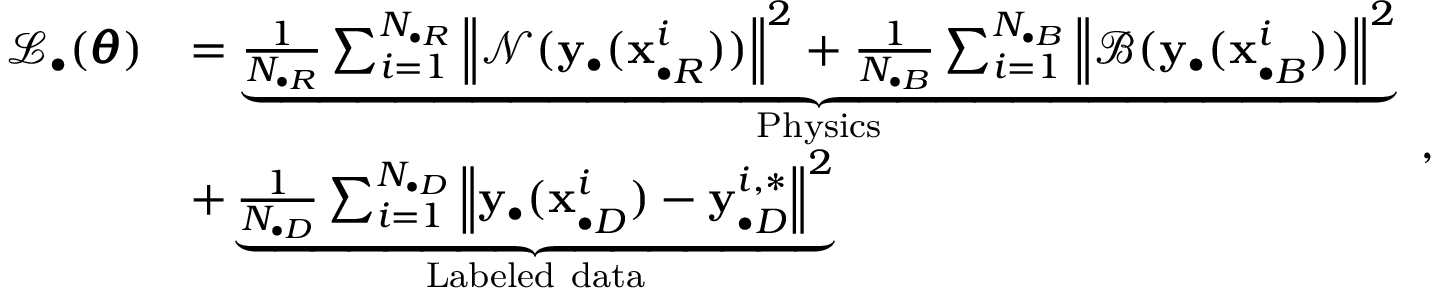
\begin{array} { r l } { \mathcal { L } _ { \bullet } ( \pmb { \theta } ) } & { = \underbrace { \frac { 1 } { N _ { \bullet R } } \sum _ { i = 1 } ^ { N _ { \bullet R } } { \left\| \mathcal { N } ( \mathbf { y } _ { \bullet } ( \mathbf { x } _ { \bullet R } ^ { i } ) ) \right\| ^ { 2 } } + \frac { 1 } { N _ { \bullet B } } \sum _ { i = 1 } ^ { N _ { \bullet B } } { \left\| \mathcal { B } ( \mathbf { y } _ { \bullet } ( \mathbf { x } _ { \bullet B } ^ { i } ) ) \right\| ^ { 2 } } } _ { \mathrm { P h y s i c s } } } \\ & { + \underbrace { \frac { 1 } { N _ { \bullet D } } \sum _ { i = 1 } ^ { N _ { \bullet D } } { \left\| \mathbf { y } _ { \bullet } ( \mathbf { x } _ { \bullet D } ^ { i } ) - \mathbf { y } _ { \bullet D } ^ { i , * } \right\| ^ { 2 } } } _ { \mathrm { L a b e l e d ~ d a t a } } } \end{array} ,